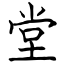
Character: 堂